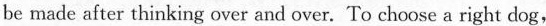
be made after thinking over and over. To choose a right dog,